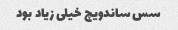
سس ساندویچ خیلی زیاد بود